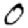
Digit: 0